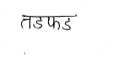
मजकूर: तडफड